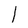
Character: 1